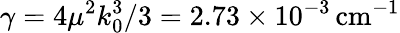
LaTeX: \gamma=4\mu^{2}k_{0}^{3}/3=2.73\times 10^{-3}\, \mathrm{cm}^{-1}